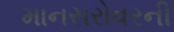
માનસરોવરની